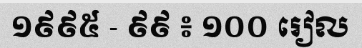
១៩៩៥ - ៩៩ ៖ ១០០ រៀល